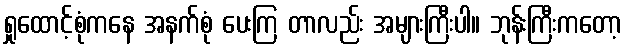
ရှုထောင့်စုံကနေ အနက်စုံ ပေးကြ တာလည်း အများကြီးပါ။ ဘုန်းကြီးကတော့